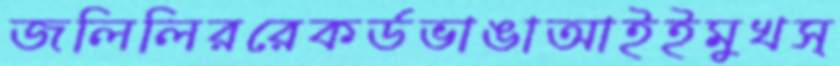
জলিলিররেকর্ডভাঙাআইইমুখস্